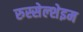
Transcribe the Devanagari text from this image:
रुस्सेल्शेइम